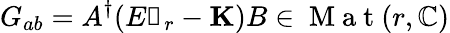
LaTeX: G_{ab}=A^{\dagger}(E\mathbb{1}_{r}-\mathbf{K})B\in\mathrm{~M~a~t~}(r,\mathbb{C})